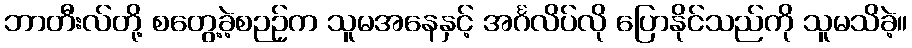
ဘာတီးလ်တို့ စတွေ့ခဲ့စဉဉ်က သူမအနေနှင့် အင်္ဂလိပ်လို ပြောနိုင်သည်ကို သူမသိခဲ့။